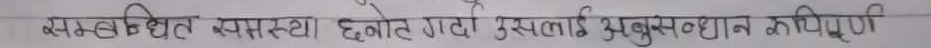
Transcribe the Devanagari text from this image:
सम्बन्धित समस्या छनोट गरी उसलाई बुझाइ समाधान गरिने।